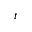
t